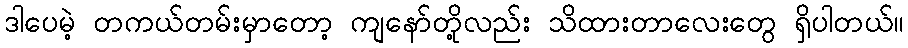
ဒါပေမဲ့ တကယ်တမ်းမှာတော့ ကျနော်တို့လည်း သိထားတာလေးတွေ ရှိပါတယ်။